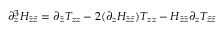
\partial _ { z } ^ { 3 } H _ { \bar { z } \bar { z } } = \partial _ { \bar { z } } T _ { z z } - 2 ( \partial _ { z } H _ { \bar { z } \bar { z } } ) T _ { z z } - H _ { \bar { z } \bar { z } } \partial _ { z } T _ { \bar { z } \bar { z } }